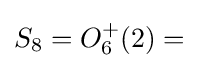
S_{8}=O_{6}^{+}(2)=